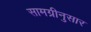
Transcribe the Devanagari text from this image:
सामग्रीनुसार